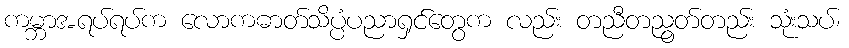
ကမ္ဘာအရပ်ရပ်က လောကဓာတ်သိပ္ပံပညာရှင်တွေက လည်း တညီတညွတ်တည်း သုံးသပ်၊